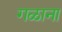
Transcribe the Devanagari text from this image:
गळाना